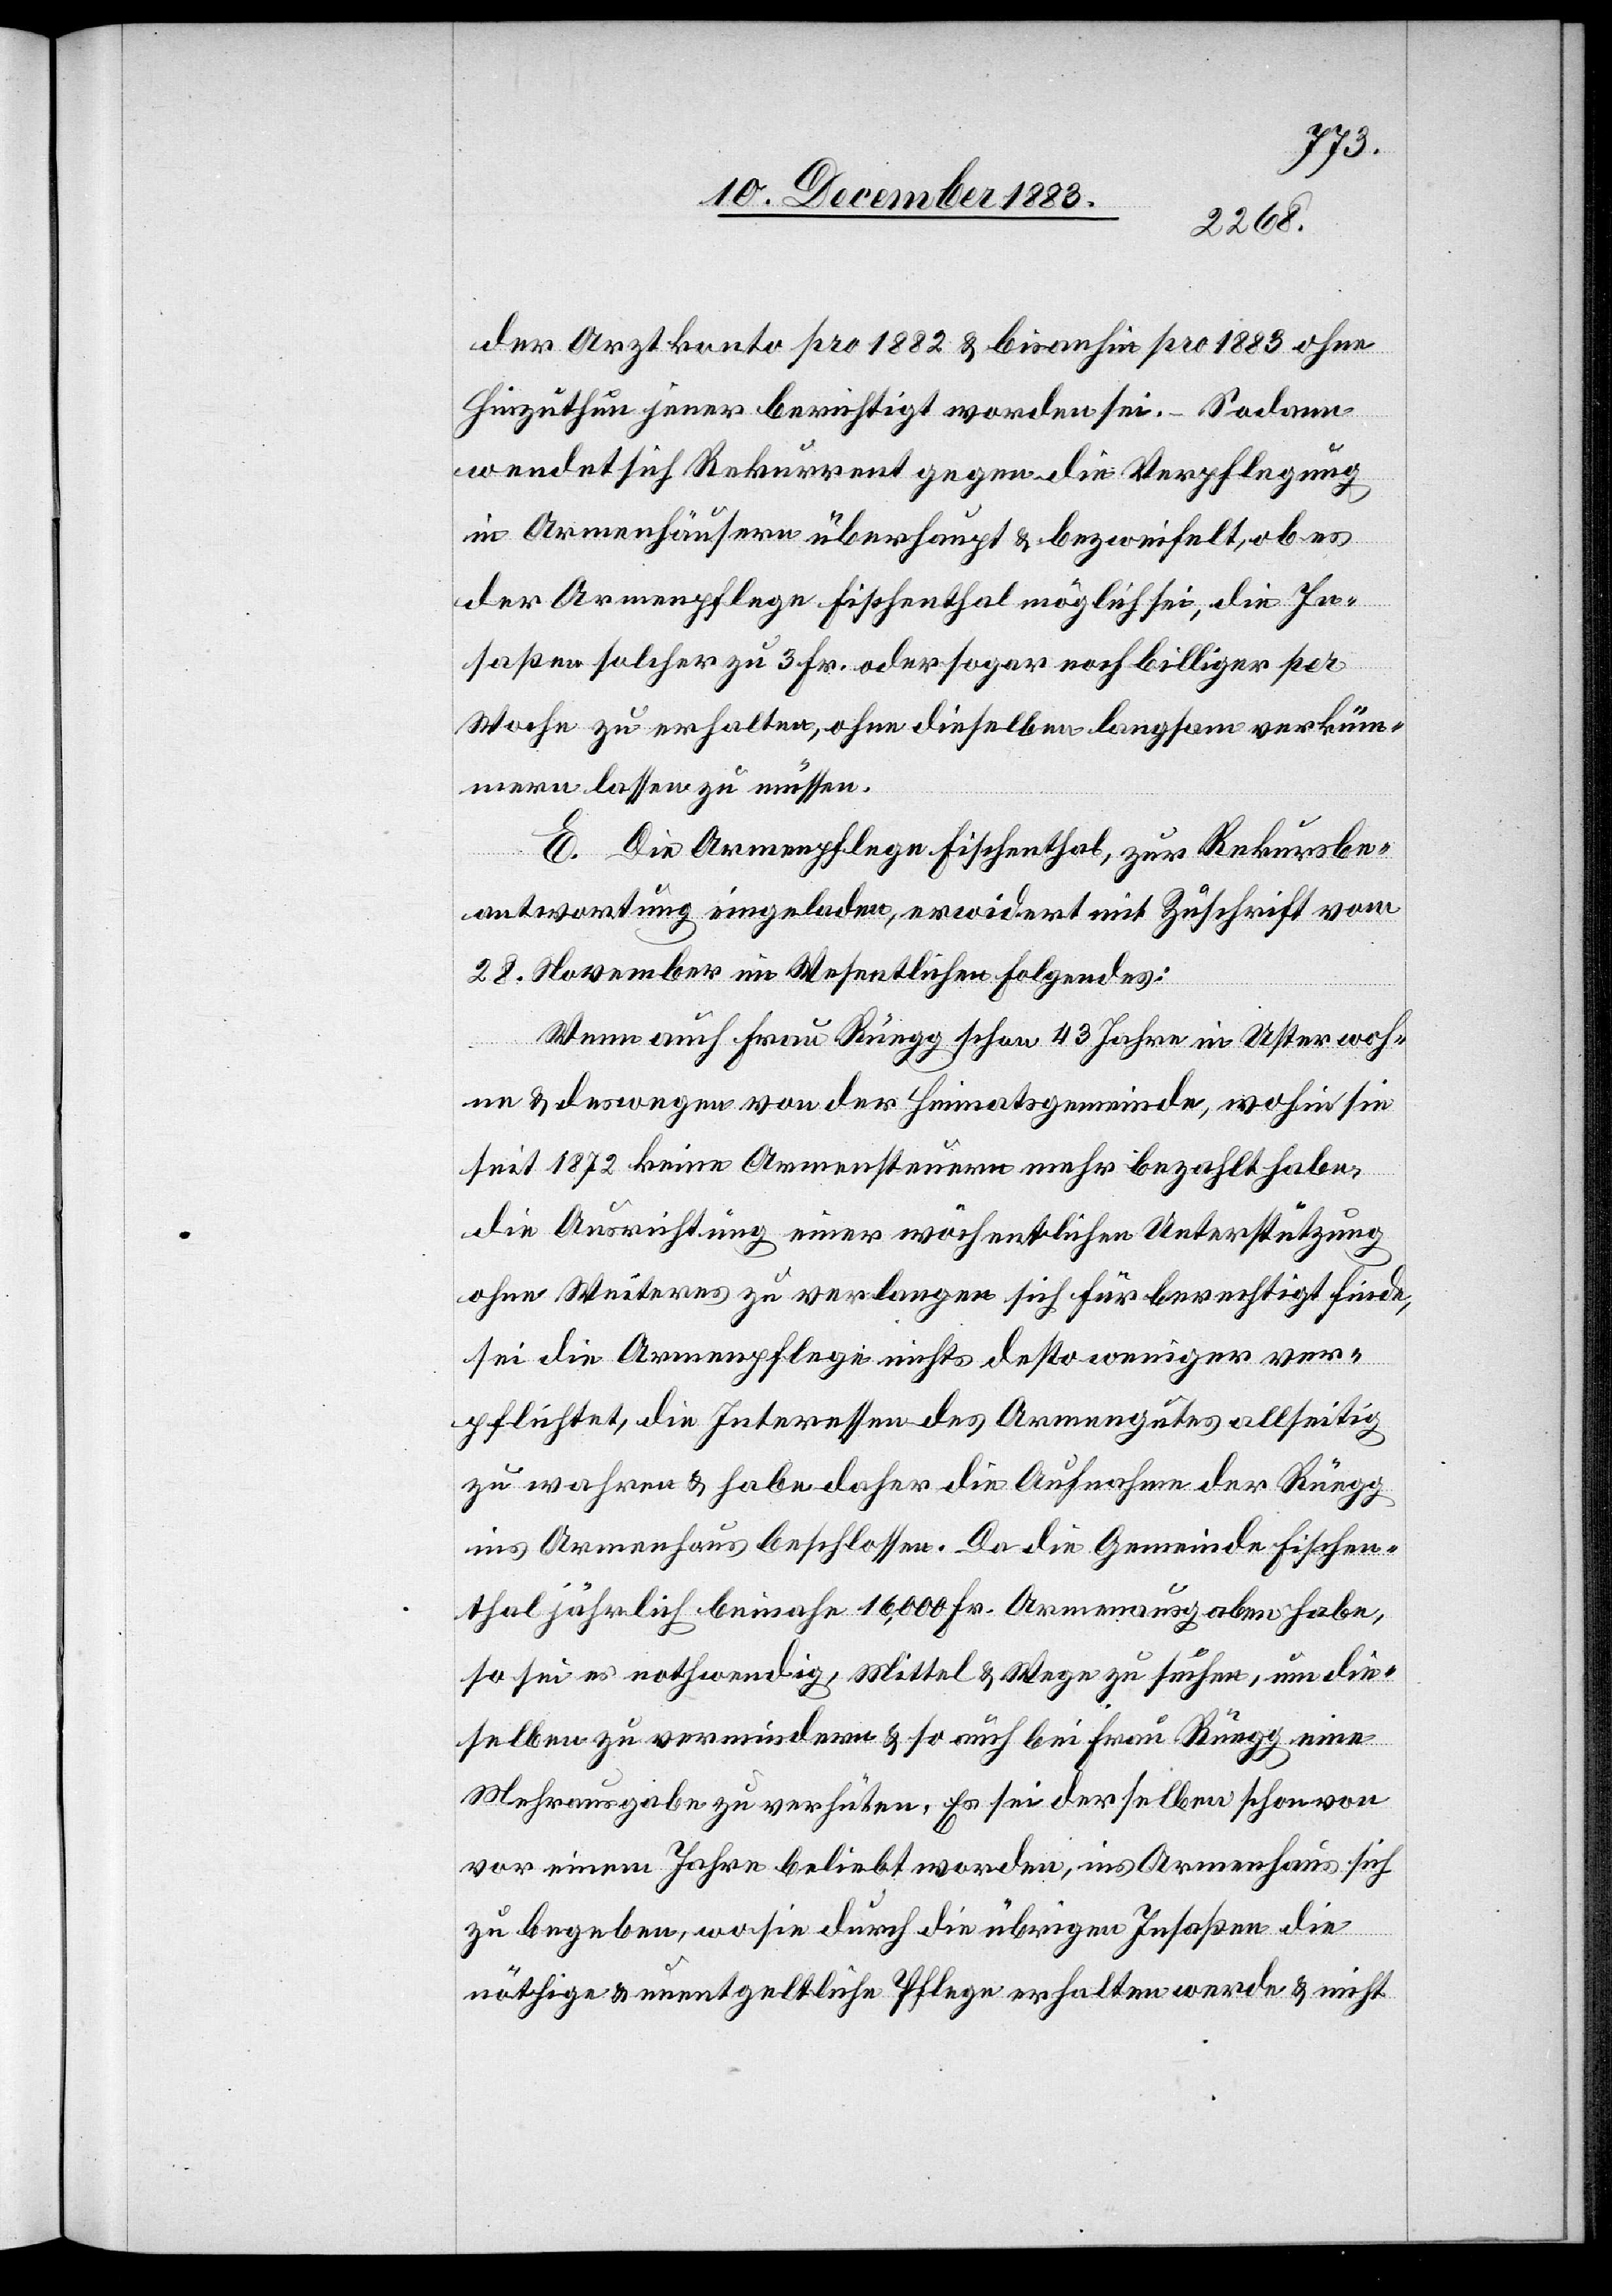
der Arztkonto pro 1882 & bisanhin pro 1883 ohne
Hinzuthun jener berichtigt worden sei. – Sodann
wendet sich Rekurrent gegen die Verpflegung
in Armenhäusern überhaupt & bezweifelt, ob es
der Armenpflege Fischenthal möglich sei, die In¬
saßen solcher zu 3 Fr. oder sogar noch billiger per
Woche zu erhalten, ohne dieselben langsam verküm¬
mern lassen zu müssen.
E. Die Armenpflege Fischenthal, zur Rekursbe¬
antwortung eingeladen, erwidert mit Zuschrift vom
28. November im Wesentlichen Folgendes:
Wenn auch Frau Rüegg schon 43 Jahre in Uster woh¬
ne & deswegen von der Heimatsgemeinde, wohin sie
seit 1872 keine Armensteuern mehr bezahlt habe,
die Ausrichtung einer wöchentlichen Unterstützung
ohne Weiteres zu verlangen sich für berechtigt finde,
sei die Armenpflege nichts desto weniger ver¬
pflichtet, die Interessen des Armengutes allseitig
zu wahren & habe daher die Aufnahme der Rüegg
ins Armenhaus beschlossen. Da die Gemeinde Fischen¬
thal jährlich beinahe 16,000 Fr. Armenausgaben habe,
so sei es nothwendig, Mittel & Wege zu suchen, um die¬
selben zu vermindern & so auch bei Frau Rüegg eine
Mehrausgabe zu verhüten. Es sei derselben schon von
vor einem Jahre beliebt worden, ins Armenhaus sich
zu begeben, wo sie durch die übrigen Insaßen die
nöthige & unentgeltliche Pflege erhalten werde & nicht